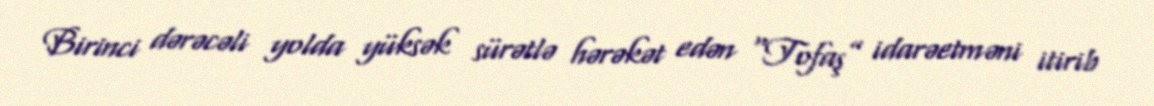
Birinci dərəcəli yolda yüksək sürətlə hərəkət edən “Tofaş” idarəetməni itirib